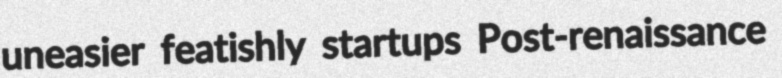
uneasier featishly startups Post-renaissance